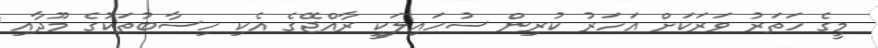
މީގެ ހަތަރު ވަރަކަށް އަހަރު ކުރިން ސުހައިލަކީ ރާއްޖޭގެ އެކި ހިސާބުތަކުގެ މޫދާއި